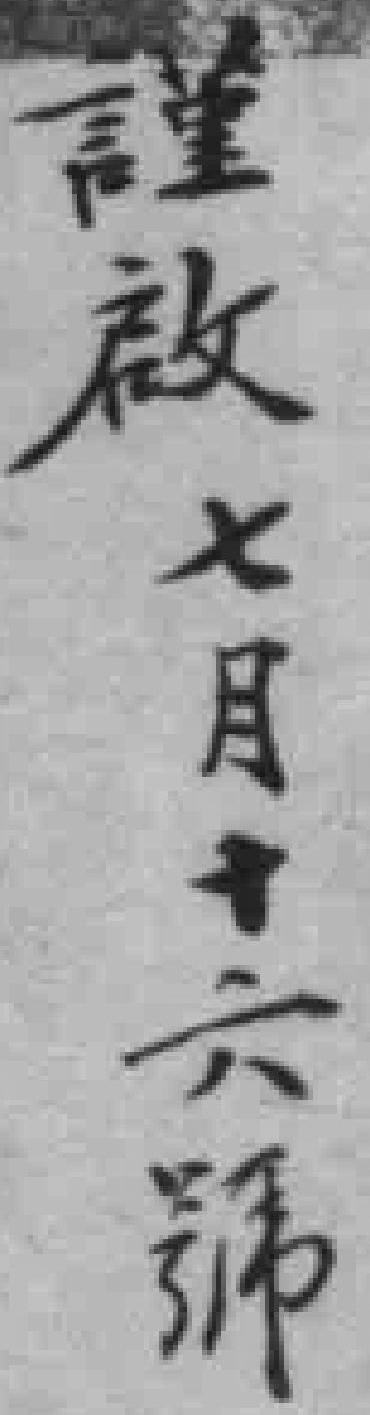
謹啟七月十六號